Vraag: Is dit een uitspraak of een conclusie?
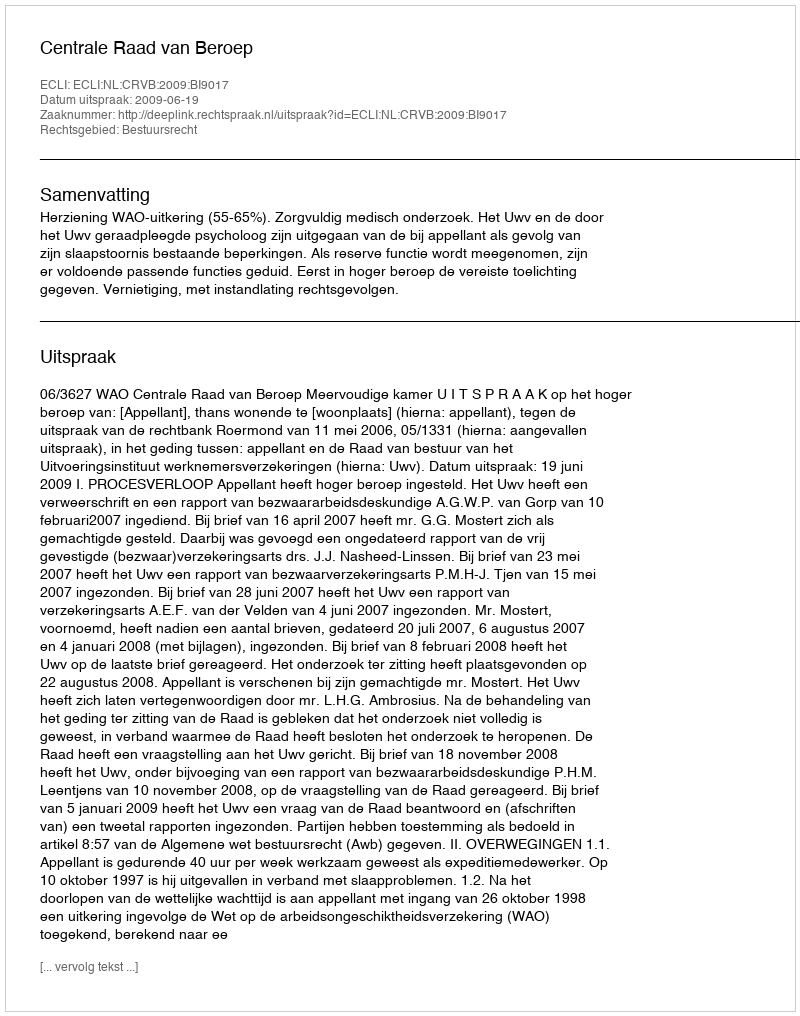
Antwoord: Uitspraak